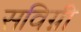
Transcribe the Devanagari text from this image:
सविग्नी